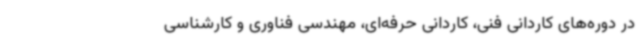
در دوره‌های کاردانی فنی، کاردانی حرفه‌ای، مهندسی فناوری و کارشناسی